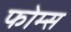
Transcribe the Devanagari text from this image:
फोम्स